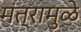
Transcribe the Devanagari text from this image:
मंत्रामुळे